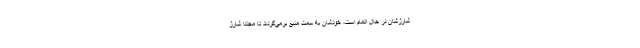
شارژشان در حال اتمام است، خودشان به سمت منبع برمی‌گردند تا مجددا شارژ